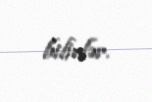
bilirlər.